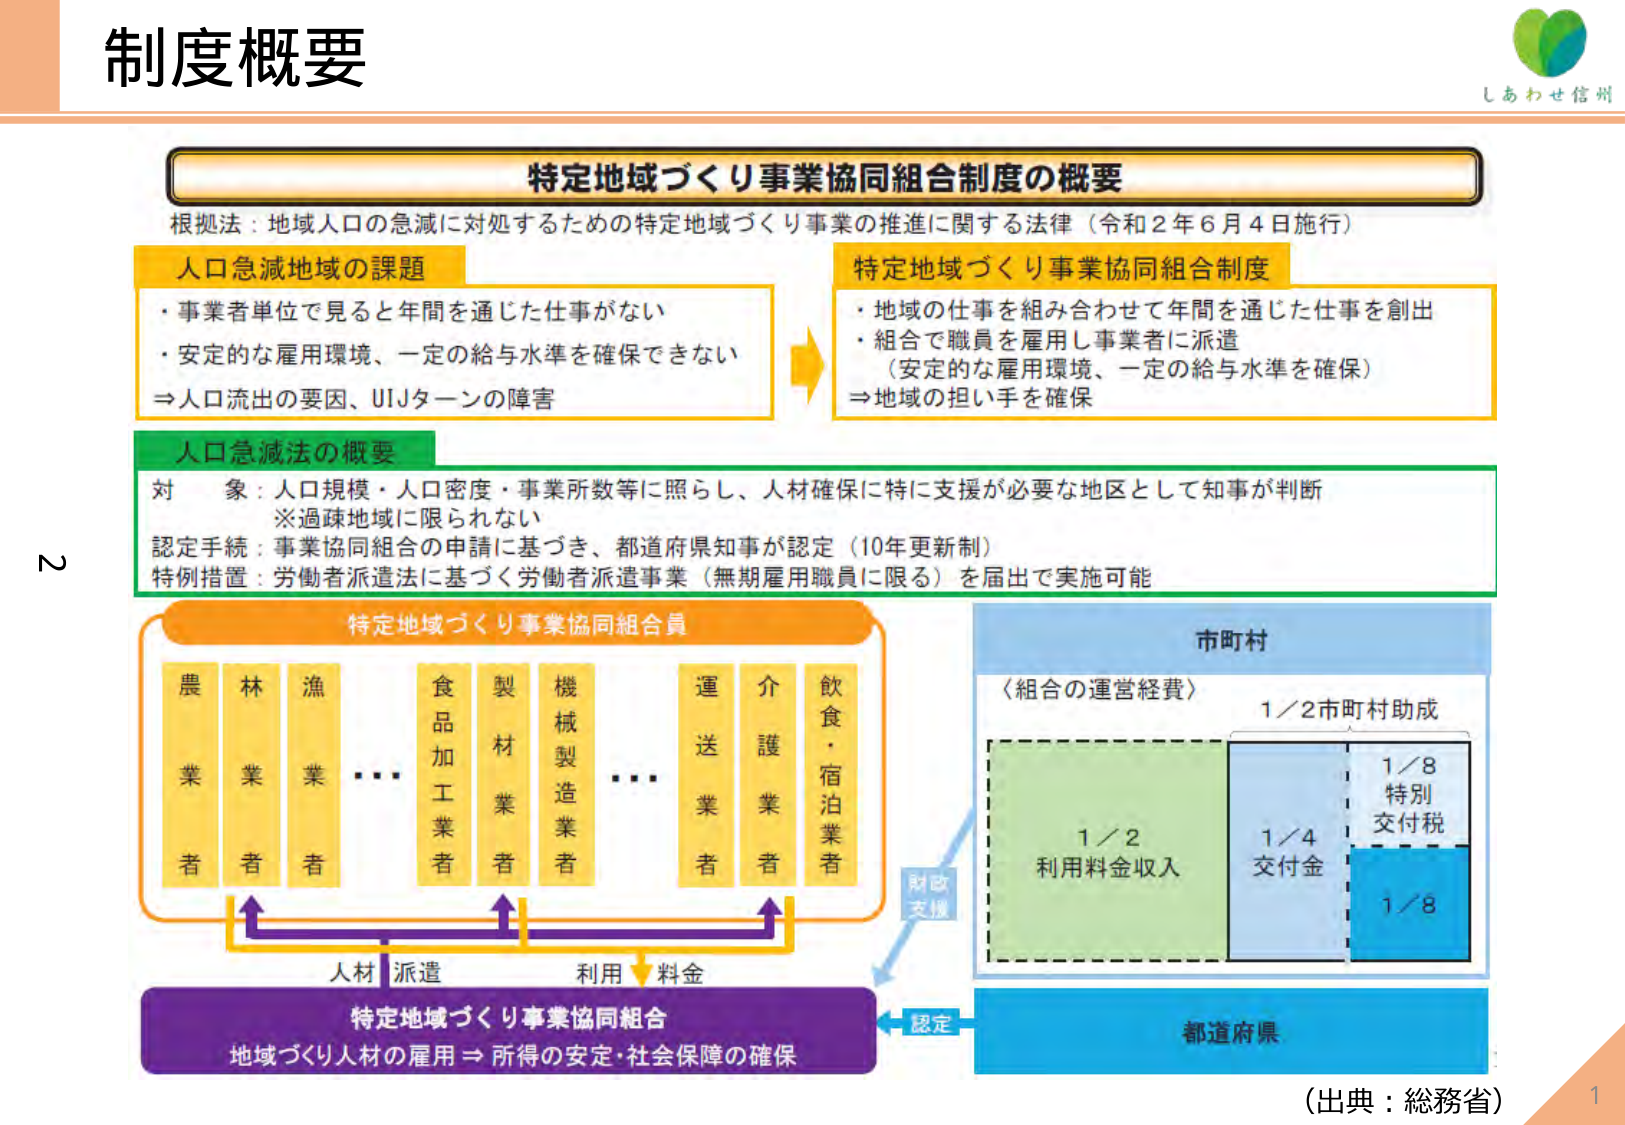
制度概要

特定地域づくり事業協同組合制度の概要
根拠法：地域人口の急減に対処するための特定地域づくり事業の推進に関する法律（令和2年6月4日施行）

人口急減地域の課題
・事業者単位で見ると年間を通じた仕事がない
・安定的な雇用環境、一定の給与水準を確保できない
⇒人口流出の要因、UIJターンの障害

特定地域づくり事業協同組合制度
・地域の仕事を組み合わせて年間を通じた仕事を創出
・組合で職員を雇用し事業者に派遣
（安定的な雇用環境、一定の給与水準を確保）
⇒地域の担い手を確保

人口急減法の概要
対象：人口規模・人口密度・事業所数等に照らし、人材確保に特に支援が必要な地区として知事が判断
※過疎地域に限られない
認定手続：事業協同組合の申請に基づき、都道府県知事が認定（10年更新制）
特例措置：労働者派遣法に基づく労働者派遣事業（無期雇用職員に限る）を届出で実施可能

特定地域づくり事業協同組合員
農業者
林業者
漁業者
食品加工業者
製材業者
機械製造業者
運送業者
介護業者
飲食・宿泊業者

市町村
〈組合の運営経費〉
1／2市町村助成
1／4交付金
1／8特別交付税
1／8

財政支援

特定地域づくり事業協同組合
地域づくり人材の雇用 ⇒ 所得の安定・社会保障の確保

都道府県
認定

人材派遣
利用料金

（出典：総務省）

しあわせ信州

2
1